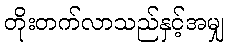
တိုးတက်လာသည်နှင့်အမျှ